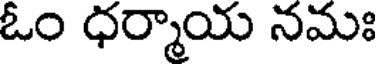
ఓం ధర్మాయ నమః